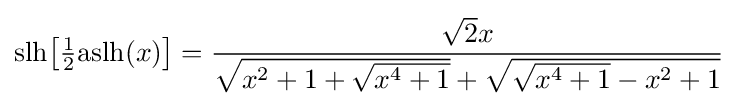
{\text{slh}}{\bigl [}{\tfrac {1}{2}}{\text{aslh}}(x){\bigr ]}={\frac {{\sqrt {2}}x}{{\sqrt {x^{2}+1+{\sqrt {x^{4}+1}}}}+{\sqrt {{\sqrt {x^{4}+1}}-x^{2}+1}}}}